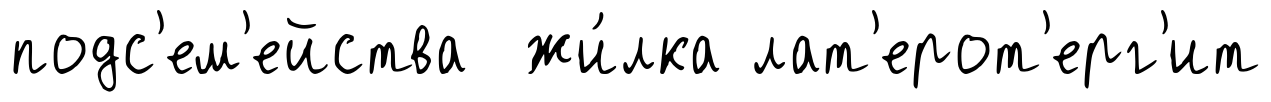
подс'ем'ейства жи́лка лат'ерот'ерг'ит